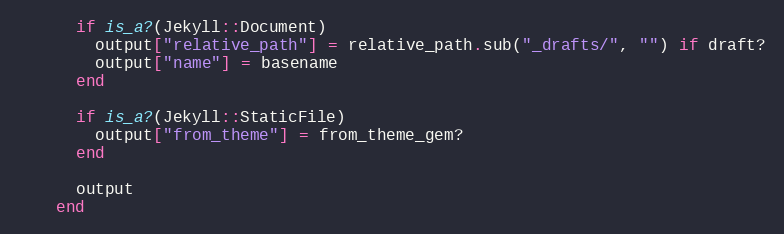
Language: Ruby
      if is_a?(Jekyll::Document)
        output["relative_path"] = relative_path.sub("_drafts/", "") if draft?
        output["name"] = basename
      end

      if is_a?(Jekyll::StaticFile)
        output["from_theme"] = from_theme_gem?
      end

      output
    end